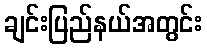
ချင်းပြည်နယ်အတွင်း